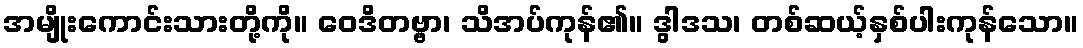
အမျိုးကောင်းသားတို့ကို။ ဝေဒိတဗ္ဗာ၊ သိအပ်ကုန်၏။ ဒွါဒသ၊ တစ်ဆယ့်နှစ်ပါးကုန်သော။